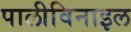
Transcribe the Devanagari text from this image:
पालीविनाइल